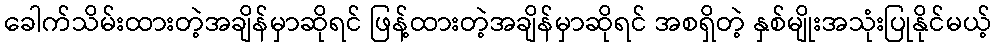
ခေါက်သိမ်းထားတဲ့အချိန်မှာဆိုရင် ဖြန့်ထားတဲ့အချိန်မှာဆိုရင် အစရှိတဲ့ နှစ်မျိုးအသုံးပြုနိုင်မယ့်